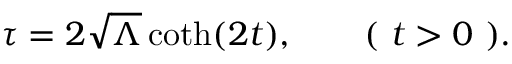
\tau = 2 \sqrt { \Lambda } \coth ( 2 t ) , \qquad ( \mathrm { ~ } t > 0 \mathrm { ~ } ) .